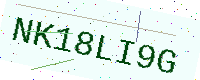
Text: NK18LI9G